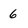
Character: 6